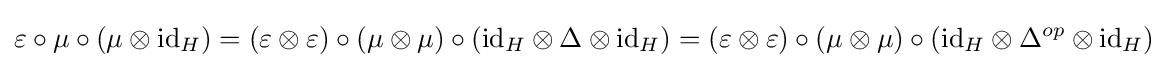
\varepsilon \circ \mu \circ (\mu \otimes \mathrm {id} _{H})=(\varepsilon \otimes \varepsilon )\circ (\mu \otimes \mu )\circ (\mathrm {id} _{H}\otimes \Delta \otimes \mathrm {id} _{H})=(\varepsilon \otimes \varepsilon )\circ (\mu \otimes \mu )\circ (\mathrm {id} _{H}\otimes \Delta ^{op}\otimes \mathrm {id} _{H})